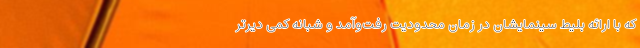
که با ارائه بلیط سینمایشان در زمان محدودیت رفت‌و‌آمد و شبانه کمی دیرتر